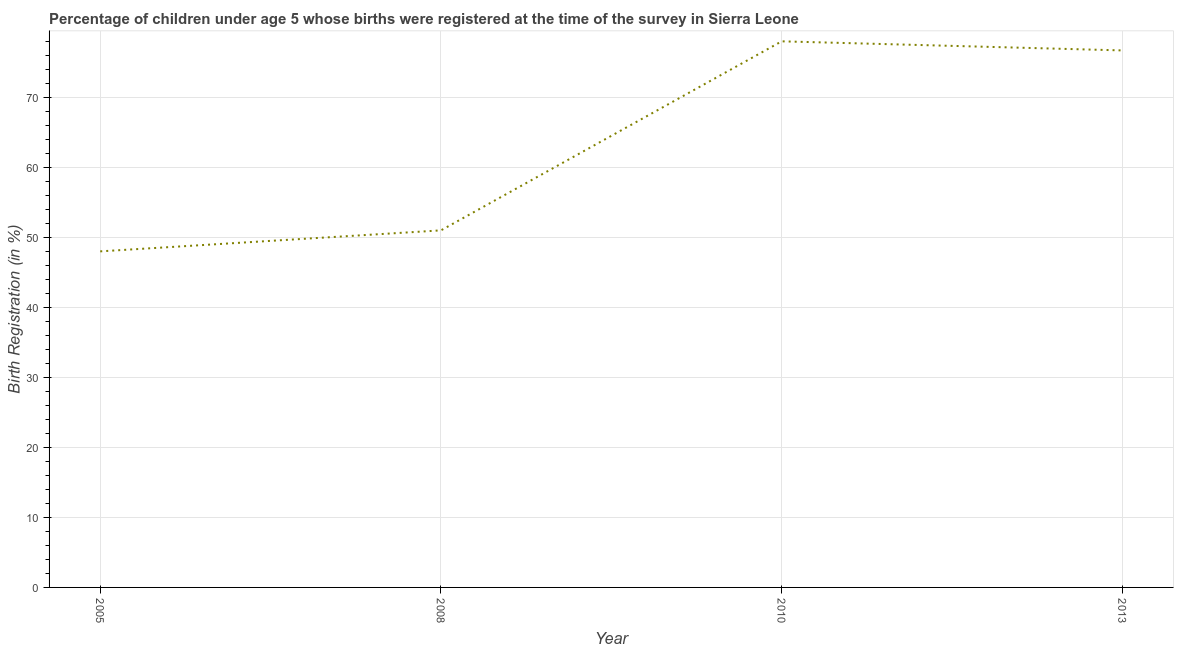
| Year | Birth registration |
 | --- | --- |
 | 2005 | 48 |
 | 2008 | 51 |
 | 2010 | 78 |
 | 2013 | 76.7 |